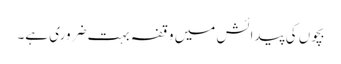
بچوں کی پیدائش میں وقفہ بہت ضروری ہے۔